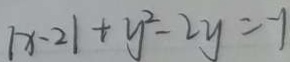
\vert x - 2 \vert + y ^ { 2 } - 2 y = - 1